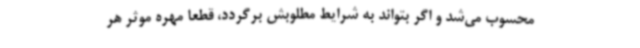
محسوب می‌شد و اگر بتواند به شرایط مطلوبش برگردد، قطعا مهره موثر هر